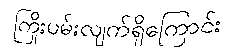
ကြိုးပမ်းလျက်ရှိကြောင်း